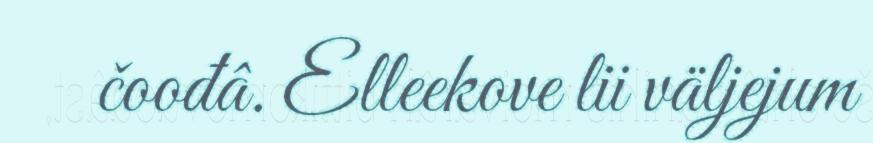
čoođâ. Elleekove lii väljejum